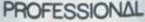
PROFESSIONAL